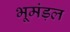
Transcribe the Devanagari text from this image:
भूमंड़ल